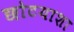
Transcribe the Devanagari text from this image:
छोटयाशा